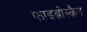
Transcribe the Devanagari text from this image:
फाइब्रोस्कैन